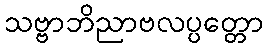
သဗ္ဗာဘိညာဗလပ္ပတ္တော